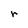
Character: r